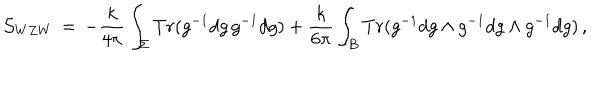
{ \cal S } _ { W Z W } \, = \, - \frac { k } { 4 \pi } \int _ { \Sigma } T r ( g ^ { - 1 } d g \, g ^ { - 1 } d g ) + \frac { k } { 6 \pi } \int _ { B } T r ( g ^ { - 1 } d g \wedge g ^ { - 1 } d g \wedge g ^ { - 1 } d g ) \, ,